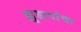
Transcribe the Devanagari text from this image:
झुडापांचा